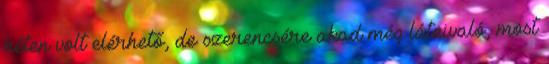
héten volt elérhető, de szerencsére akad még látnivaló, most